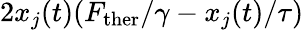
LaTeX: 2x_{j}(t)(F_{\mathrm{ther}}/\gamma-x_{j}(t)/\tau)